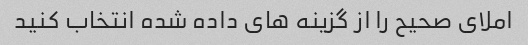
املای صحیح را از گزینه های داده شده انتخاب کنید